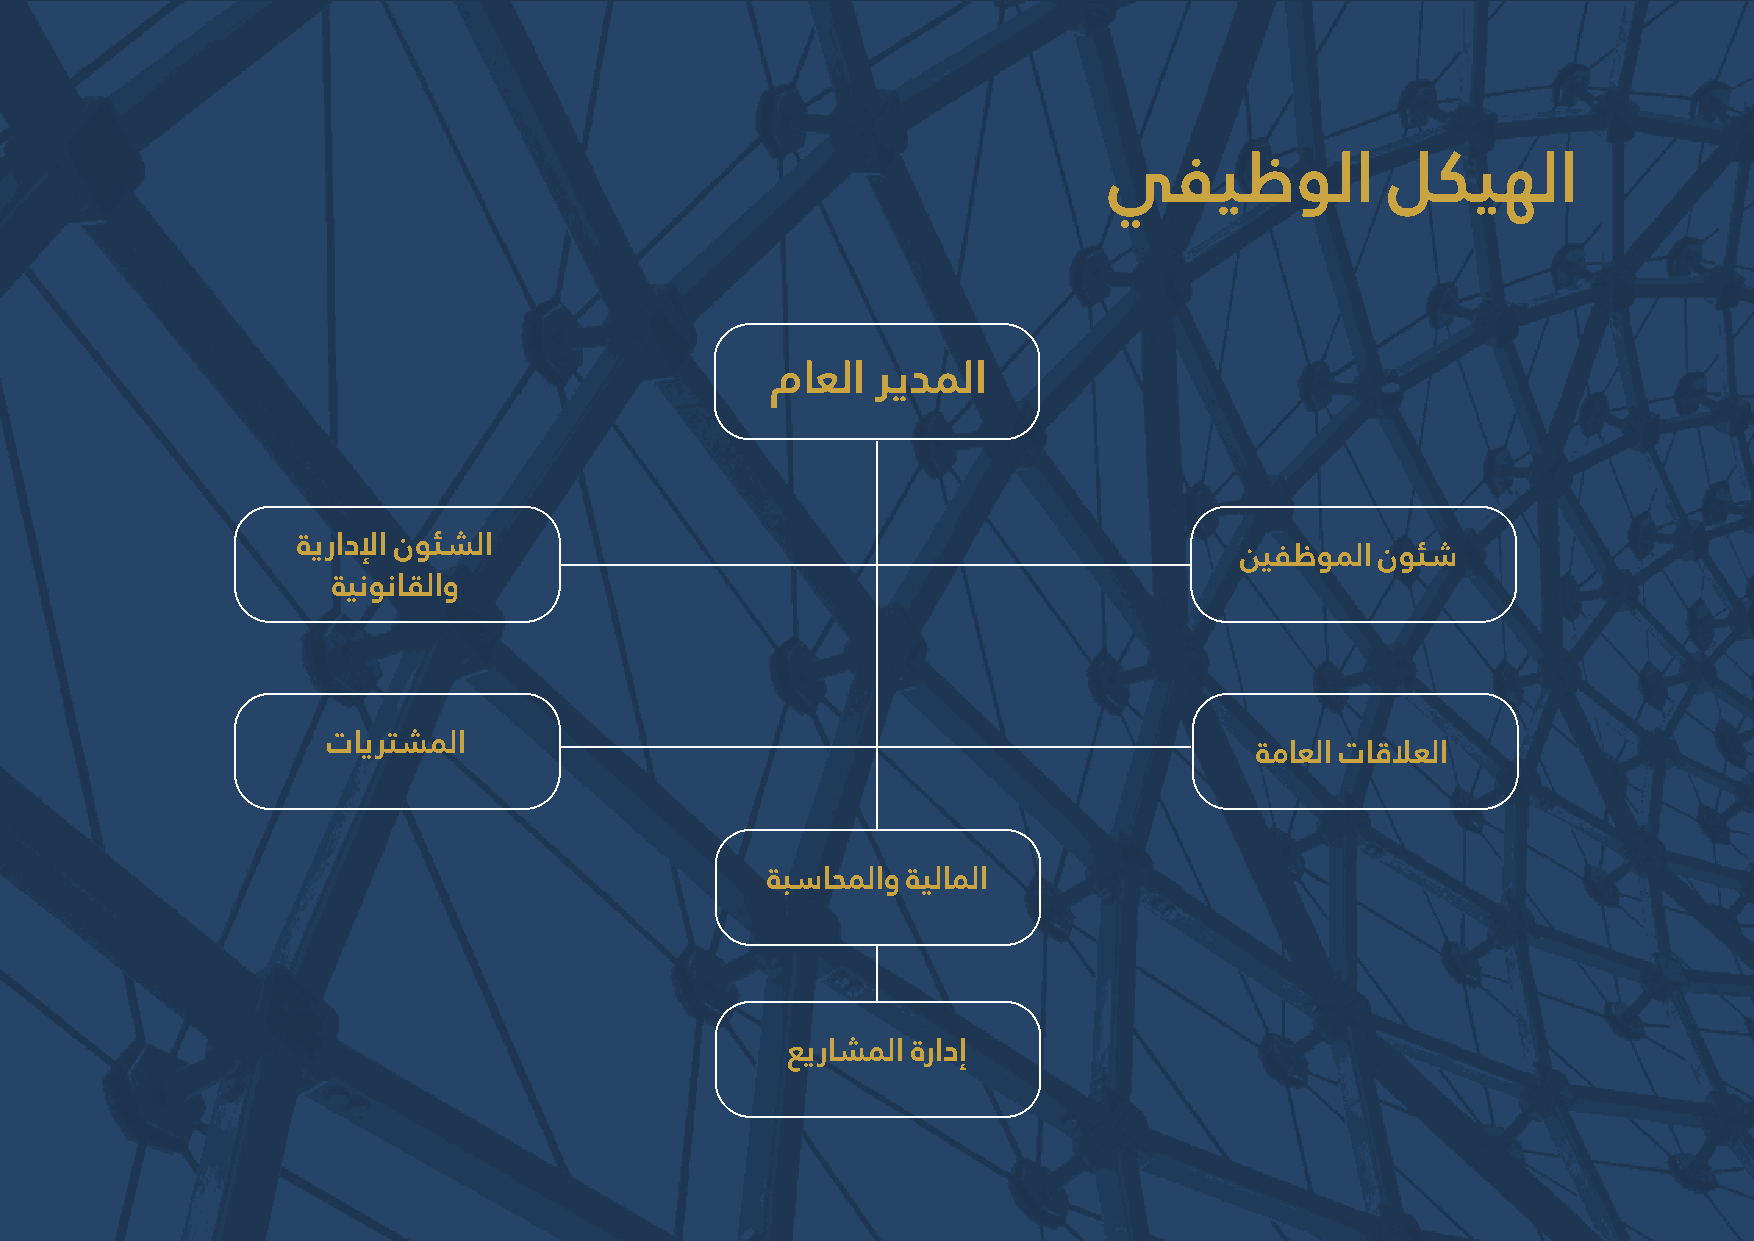
يفيظولا            لكيهلا
 ماعلا  ريدلما
 ةيرادلإا نوئشلا
 ينفظولما نوئش
 ةينوناقلاو
 تايترشلما
 ةماعلا تاقلاعلا
 ةبساحلماو ةيلالما
 عيراشلما ةرادإ